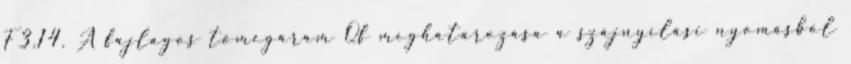
F3.14. A fajlagos tömegáram Qf meghatározása a szájnyílási nyomásból